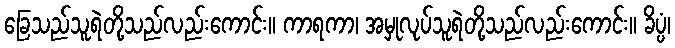
ခြေသည်သူရဲတို့သည်လည်းကောင်း။ ကာရကာ၊ အမှုလုပ်သူရဲတို့သည်လည်းကောင်း။ ခိပ္ပံ၊